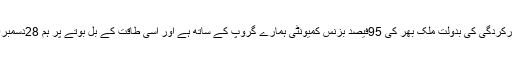
انہوں نے کہا کہ یونائٹیڈ بزنس گروپ کی بہترین کارکردگی کی بدولت ملک بھر کی 95فیصد بزنس کمیونٹی ہمارے گروپ کے ساتھ ہے اور اسی طاقت کے بل بوتے پر ہم 28دسمبر2019کو ہونے والا فیڈریشن الیکشن بھی جیتیں گے۔